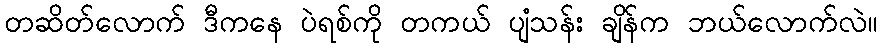
တဆိတ်လောက် ဒီကနေ ပဲရစ်ကို တကယ် ပျံသန်း ချိန်က ဘယ်လောက်လဲ။